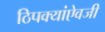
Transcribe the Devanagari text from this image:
ठिपक्यांऐवजी